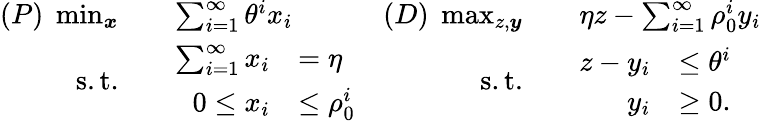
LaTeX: \begin{array}{rlrl}{(P)\; \operatorname*{min}_{\boldsymbol{x}}}&{\quad\sum_{i=1}^{\infty}\theta^{i}x_{i}}&{(D)\; \operatorname*{max}_{z,\boldsymbol{y}}}&{\quad\eta z-\sum_{i=1}^{\infty}\rho_{0}^{i}y_{i}}\\ {\mathrm{s.t.}}&{\quad\begin{array}{rl}{\sum_{i=1}^{\infty}x_{i}}&{=\eta}\\ {0\leq x_{i}}&{\leq\rho_{0}^{i}}\end{array}}&{\mathrm{s.t.}}&{\quad\begin{array}{rl}{z-y_{i}}&{\leq\theta^{i}}\\ {y_{i}}&{\geq 0.}\end{array}}\end{array}